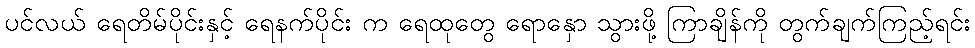
ပင်လယ် ရေတိမ်ပိုင်းနှင့် ရေနက်ပိုင်း က ရေထုတွေ ရောနှော သွားဖို့ ကြာချိန်ကို တွက်ချက်ကြည့်ရင်း